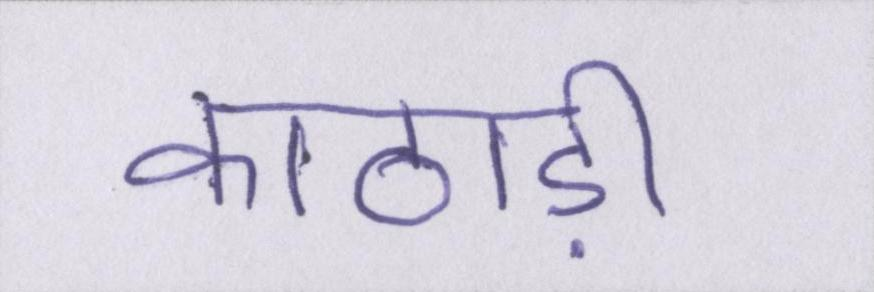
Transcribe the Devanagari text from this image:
काठाड़ी